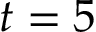
t = 5